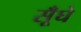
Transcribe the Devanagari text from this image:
सूँघे